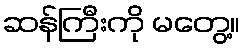
ဆန်ကြီးကို မတွေ့။